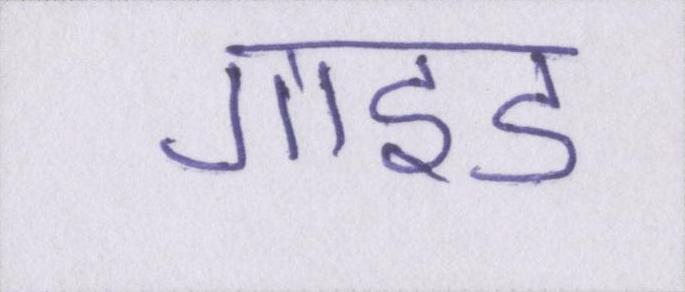
गाइड